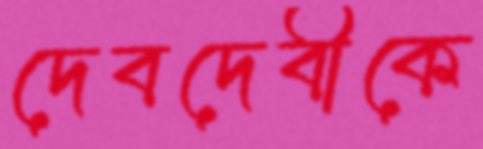
দেবদেবীকে